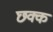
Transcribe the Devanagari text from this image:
छक्क